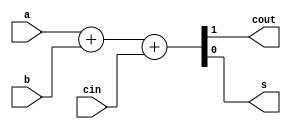
`timescale 1ns / 1ps
//////////////////////////////////////////////////////////////////////////////////
// Company: 
// Engineer: 
// 
// Design Name: 
// Module Name:    lab64a 
// Project Name: 
// Target Devices: 
// Tool versions: 
// Description: 
//
// Dependencies: 
//
// Revision: 
// Revision 0.01 - File Created
// Additional Comments: 
//
//////////////////////////////////////////////////////////////////////////////////
module lab64a(input a, b, cin, output cout, s);
assign {cout, s} = a + b + cin;
endmodule